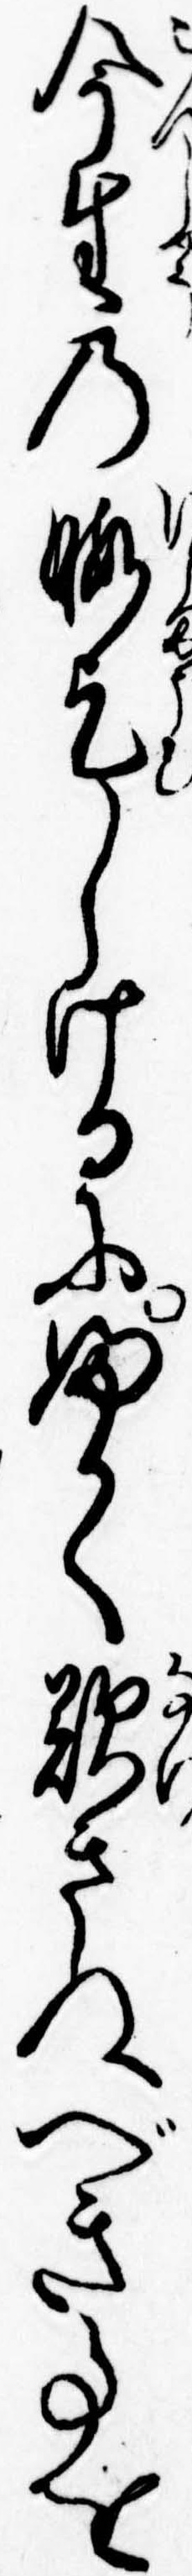
今生の暇乞しけるにふかく歎きぬべき事を